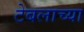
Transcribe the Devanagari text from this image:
टेबलाच्या